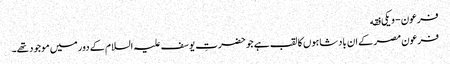
فرعون - ویکی فقه
فرعون مصر کے ان بادشاہوں کا لقب ہے جو حضرتِ یوسف علیہ السلام کے دور میں موجود تھے۔